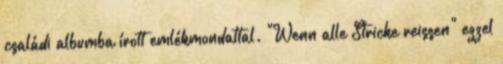
családi albumba írott emlékmondattal. "Wenn alle Stricke reissen" ezzel